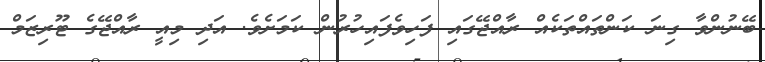
ބޭނުންވާ ގިނަ ކަންތައްތަކެއް ރާއްޖޭގައި ފަހިވެފައިހުރުން ކަމަށެވެ. އަދި މިއީ ރާއްޖޭގެ ޓޫރިޒަމް